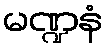
မဏ္ဍနံ